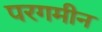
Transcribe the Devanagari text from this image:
परगमीन